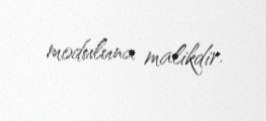
moduluna malikdir.